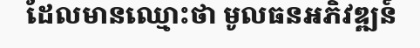
ដែលមានឈ្មោះថា មូលធនអភិវឌ្ឍន៍